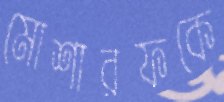
মোশারফকে